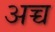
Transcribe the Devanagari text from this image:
अच्च